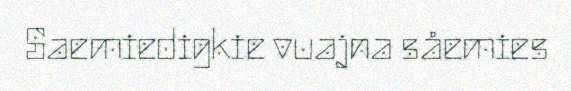
Saemiedigkie vuajna såemies